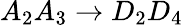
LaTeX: A_{2}A_{3}\rightarrow D_{2}D_{4}